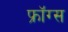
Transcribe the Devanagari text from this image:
फ्रॉग्स